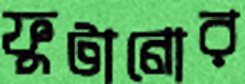
ফুটানোর